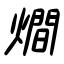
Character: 燗